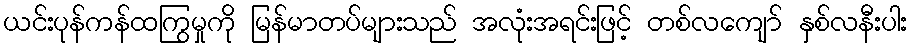
ယင်းပုန်ကန်ထကြွမှုကို မြန်မာတပ်များသည် အလုံးအရင်းဖြင့် တစ်လကျော် နှစ်လနီးပါး